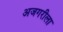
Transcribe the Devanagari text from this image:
अजगरीला